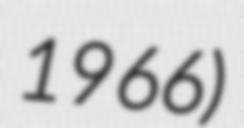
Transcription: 1966)